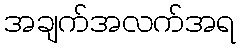
အချက်အလက်အရ